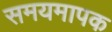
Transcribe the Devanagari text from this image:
समयमापक